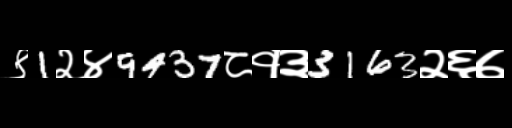
Text: ९1२४9437८१३3163२६७